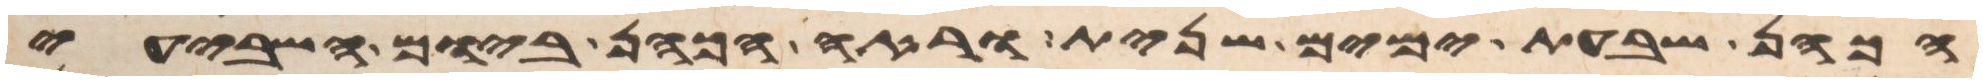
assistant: הכהן שבעת ימים שנית וראה הכהן ביום השביעי